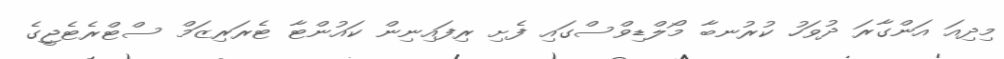
މިދިއަ އަންގާރަ ދުވަހު ކުރުނބާ މޯލްޑިވްސްގައި ފެށި ރިފައިނިން ކައުންޓާ ޓެރަރިޒަމް ސްޓްރެޓެޖީގެ